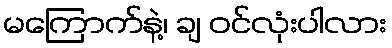
မကြောက်နဲ့၊ ချ ဝင်လုံးပါလား